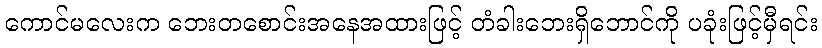
ကောင်မလေးက ဘေးတစောင်းအနေအထားဖြင့် တံခါးဘေးရှိဘောင်ကို ပခုံးဖြင့်မှီရင်း